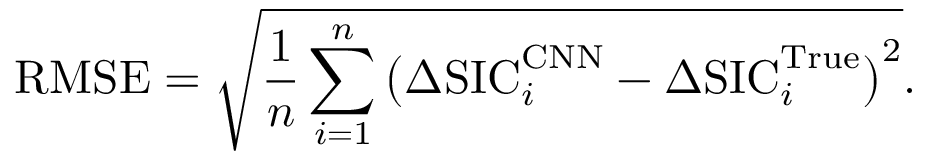
\mathrm { R M S E } = \sqrt { \frac { 1 } { n } \sum _ { i = 1 } ^ { n } \big ( \Delta \mathrm { S I C } _ { i } ^ { \mathrm { C N N } } - \Delta \mathrm { S I C } _ { i } ^ { \mathrm { T r u e } } \big ) ^ { 2 } } .